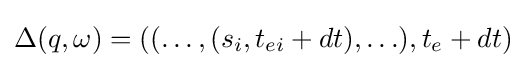
\Delta (q,\omega )=((\ldots ,(s_{i},t_{ei}+dt),\ldots ),t_{e}+dt)